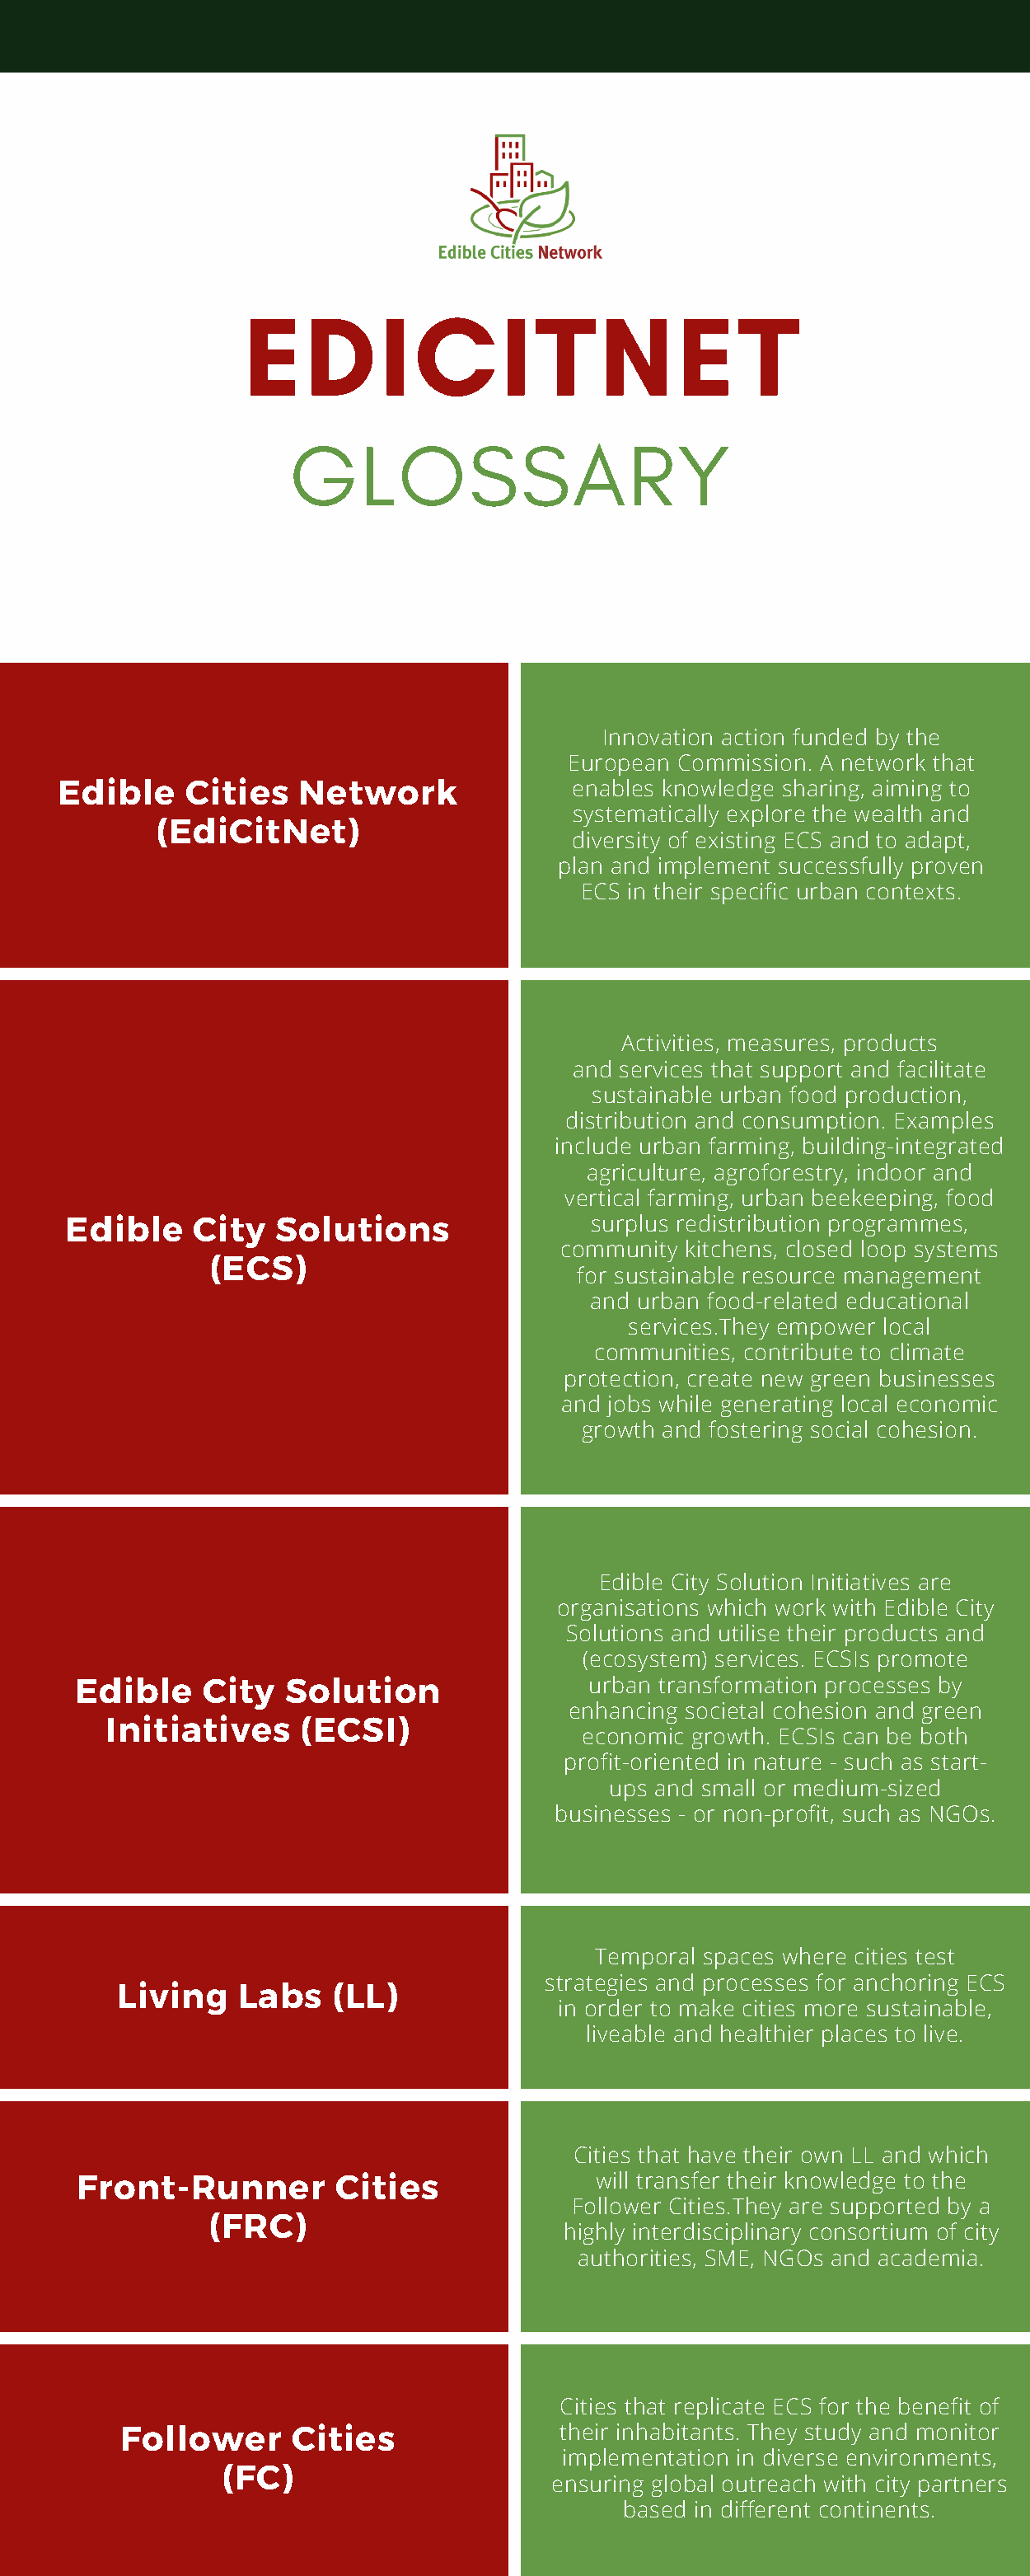
EDICITNET
 GLOSSARY
 Innovation action funded by the
 European Commission. A network that
 Edible    Cities   Network               enables knowledge sharing, aiming to
 systematically explore the wealth and
 (EdiCitNet)
 diversity of existing ECS and to adapt,
 plan and implement successfully proven
 ECS in their specific urban contexts.
 Activities, measures, products
 and services that support and facilitate
 sustainable urban food production,
 distribution and consumption. Examples
 include urban farming, building-integrated
 agriculture, agroforestry, indoor and
 vertical farming, urban beekeeping, food
 Edible     City  Solutions                surplus redistribution programmes,
 community kitchens, closed loop systems
 (ECS)
 for sustainable resource management
 and urban food-related educational
 services.They empower local
 communities, contribute to climate
 protection, create new green businesses
 and jobs while generating local economic
 growth and fostering social cohesion.
 Edible City Solution Initiatives are
 organisations which work with Edible City
 Solutions and utilise their products and
 (ecosystem) services. ECSIs promote
 Edible    City   Solution                urban transformation processes by
 enhancing societal cohesion and green
 Initiatives     (ECSI)
 economic growth. ECSIs can be both
 profit-oriented in nature - such as start-
 ups and small or medium-sized
 businesses - or non-profit, such as NGOs.
 Temporal spaces where cities test
 strategies and processes for anchoring ECS
 Living    Labs    (LL)
 in order to make cities more sustainable,
 liveable and healthier places to live.
 Cities that have their own LL and which
 Front-Runner         Cities               will transfer their knowledge to the
 Follower Cities.They are supported by a
 (FRC)
 highly interdisciplinary consortium of city
 authorities, SME, NGOs and academia.
 Cities that replicate ECS for the benefit of
 Follower     Cities                their inhabitants. They study and monitor
 implementation in diverse environments,
 (FC)
 ensuring global outreach with city partners
 based in different continents.